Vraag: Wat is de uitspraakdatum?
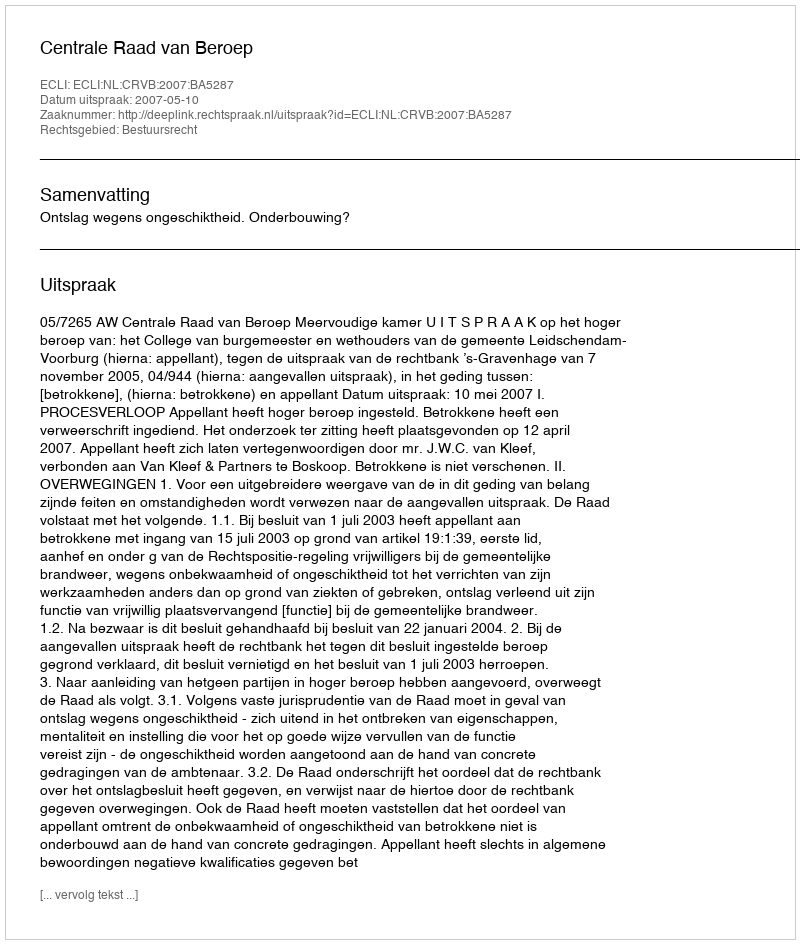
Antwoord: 2007-05-10